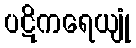
ပဋိကရေယျုံ